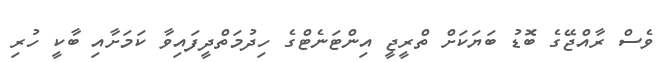
ވެސް ރާއްޖޭގެ ބޮޑު ބަޔަކަށް ތްރީޖީ އިންޓަނެޓްގެ ހިދުމަތްދީފައިވާ ކަމަށާއި ބާކީ ހުރި